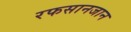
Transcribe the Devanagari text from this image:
रफसानजान